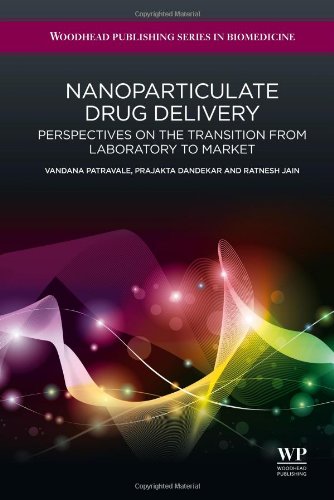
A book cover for Nanoparticulate Drug Delivery: Perspectives on the Transition from Laboratory to Market (Woodhead Publishing Series in Biomedicine); Vandana Patravale; Business & Money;